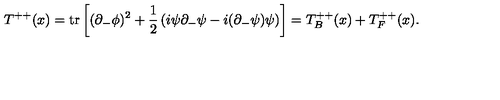
T ^ { + + } ( x ) = \mathrm { t r } \left[ ( \partial _ { - } \phi ) ^ { 2 } + { \frac { 1 } { 2 } } \left( i \psi \partial _ { - } \psi - i ( \partial _ { - } \psi ) \psi \right) \right] = T _ { B } ^ { + + } ( x ) + T _ { F } ^ { + + } ( x ) .